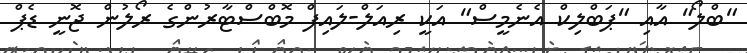
"ބްލޯ" އާއި "ޕަބްލިކް އެނެމީސް" އަކީ ރިއަލް-ލައިފް މޮބްސްޓާރުންގެ ރޯލުން ޖޮނީ ޑެޕް